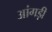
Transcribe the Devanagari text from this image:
आंगड़ी